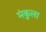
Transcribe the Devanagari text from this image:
मंकुला